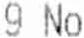
9 NO